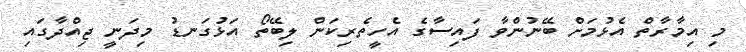
މި އިމާރާތް އެޅުމަށް ބޭނުންވާ ފައިސާގެ އެހީތެރިކަން ލިބޭތޯ އަޅުގަނޑު މިދަނީ ޖިއްދާގައި